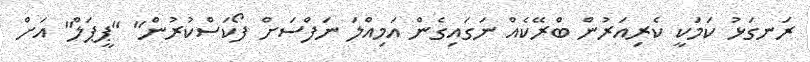
ރަނގަޅު ކަމަކީ ކެރިއަރުން ބްރޭކެއް ނަގައިގެން އަމިއްލަ ނަފްސަށް ފޯކަސްކުރުން" "ޕީޕަލް" އަށް